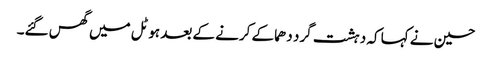
حسین نے کہا کہ دہشت گرد دھماکے کرنے کے بعد ہوٹل میں گھس گئے۔